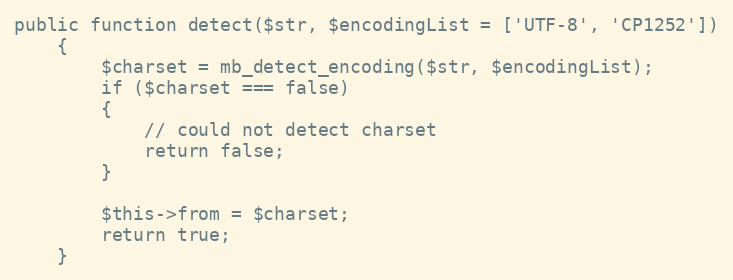
Language: PHP
public function detect($str, $encodingList = ['UTF-8', 'CP1252'])
	{
		$charset = mb_detect_encoding($str, $encodingList);
		if ($charset === false)
		{
			// could not detect charset
			return false;
		}

		$this->from = $charset;
		return true;
	}